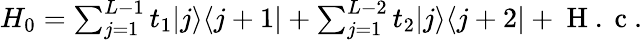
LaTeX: \begin{array}{r}{H_{0}=\sum_{j=1}^{L-1}t_{1}|j\rangle\langle j+1|+\sum_{j=1}^{L-2}t_{2}|j\rangle\langle j+2|+\mathrm{~H~.~c~}.}\end{array}